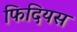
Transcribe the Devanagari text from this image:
फिदियस